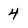
Character: 4